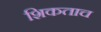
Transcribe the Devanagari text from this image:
शिकताच